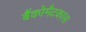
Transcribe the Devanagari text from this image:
बैंकोमैटकास